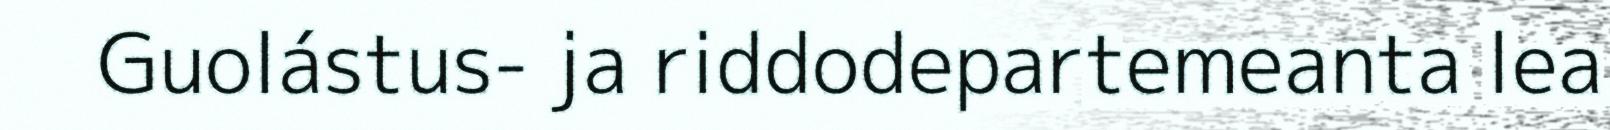
Guolástus- ja riddodepartemeanta lea